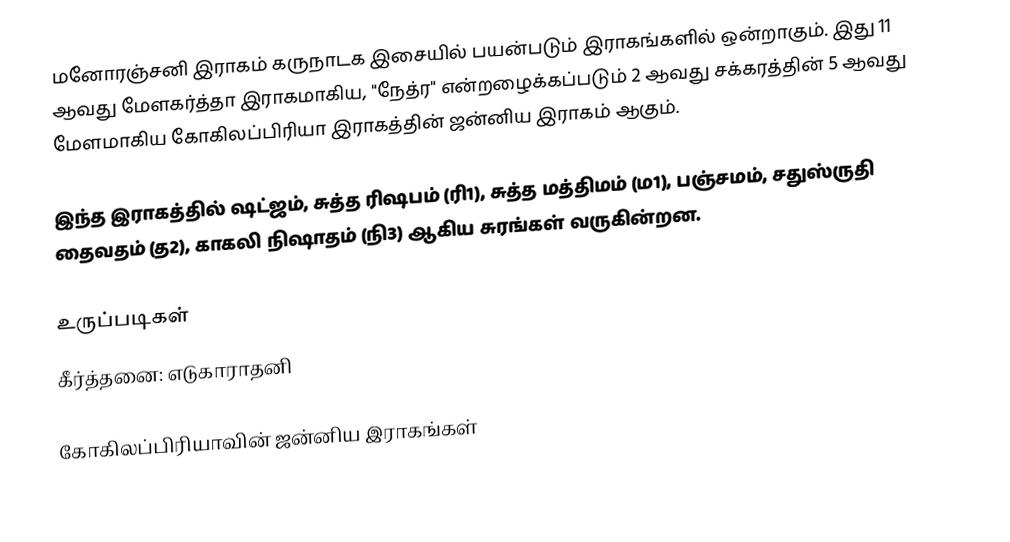
மனோரஞ்சனி இராகம் கருநாடக இசையில் பயன்படும் இராகங்களில் ஒன்றாகும். இது 11 ஆவது மேளகர்த்தா இராகமாகிய, "நேத்ர" என்றழைக்கப்படும் 2 ஆவது சக்கரத்தின் 5 ஆவது மேளமாகிய கோகிலப்பிரியா இராகத்தின் ஜன்னிய இராகம் ஆகும்.

இந்த இராகத்தில் ஷட்ஜம், சுத்த ரிஷபம் (ரி1),  சுத்த மத்திமம் (ம1), பஞ்சமம்,  சதுஸ்ருதி தைவதம் (த2), காகலி நிஷாதம்  (நி3) ஆகிய சுரங்கள் வருகின்றன.

உருப்படிகள்
 கீர்த்தனை: எடுகாராதனி

கோகிலப்பிரியாவின் ஜன்னிய இராகங்கள்